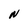
Character: N